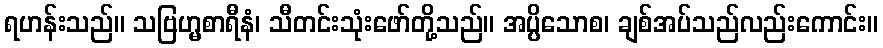
ရဟန်းသည်။ သဗြဟ္မစာရီနံ၊ သီတင်းသုံးဖော်တို့သည်။ အပ္ပိသောစ၊ ချစ်အပ်သည်လည်းကောင်း။